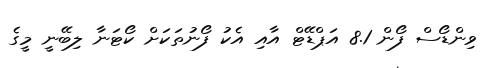
ވިންޑޯސް ފޯން 8.1 އަޕްޑޭޓް އާއި އެކު ފޯނުތަކަށް ކޯޓަނާ ލިބޭނީ މީގެ